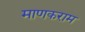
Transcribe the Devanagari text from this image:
माणकराम